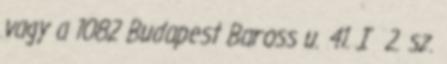
vagy a 1082 Budapest Baross u. 41. I 2. sz.